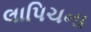
લાપિચના